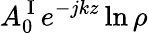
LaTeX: A_{0}^{\mathrm{~I~}}e^{-jkz}\ln\rho